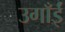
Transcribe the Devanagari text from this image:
उगाँईं